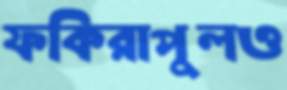
ফকিরাপুলও